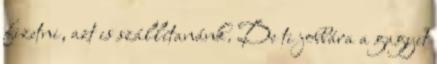
fizetni, azt is szállítanánk. De ti jobbára a gagyit